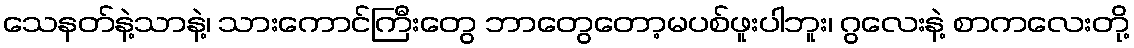
သေနတ်နဲ့သာနဲ့၊ သားကောင်ကြီးတွေ ဘာတွေတော့မပစ်ဖူးပါဘူး၊ ဂွလေးနဲ့ စာကလေးတို့